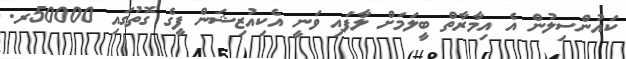
ކައުންސިލުން އެ އިމާރާތް ބީލަމަށް ލާފައި ވަނީ އެކިއުޒިޝަން ފީގެ ގޮތުގައި 50000ރ.